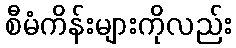
စီမံကိန်းများကိုလည်း